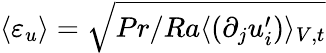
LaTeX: \langle\varepsilon_{u}\rangle=\sqrt{Pr/Ra\langle(\partial_{j}u_{i}^{\prime})\rangle_{V,t}}